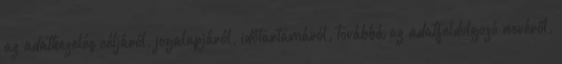
az adatkezelés céljáról, jogalapjáról, időtartamáról, továbbá az adatfeldolgozó nevéről,